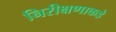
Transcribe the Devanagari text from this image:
निरीक्षणाकडे